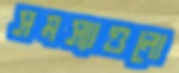
সমস্যাগুলো